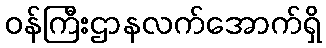
ဝန်ကြီးဌာနလက်အောက်ရှိ